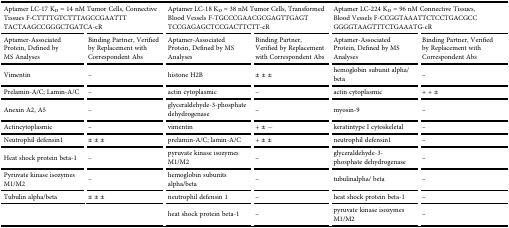
<table><thead><tr><td colspan="2"><b>Aptamer LC-17 K<sub>D</sub> = 14 nM Tumor Cells, Connective Tissues F-CTTTTGTCTTTAGCCGAATTT TACTAAGCCGGGCTGATCA-cR</b></td><td colspan="2"><b>Aptamer LC-18 K<sub>D</sub> = 38 nM Tumor Cells, Transformed Blood Vessels F-TGCCCGAACGCGAGTTGAGT TCCGAGAGCTCCGACTTCTT-cR</b></td><td colspan="2"><b>Aptamer LC-224 K<sub>D</sub> = 96 nM Connective Tissues, Blood Vessels F-CCGGTAAATTCTCCTGACGCC GGGGTAAGTTTCTGAAATG-cR</b></td></tr></thead><tbody><tr><td>Aptamer-Associated Protein, Defined by MS Analyses</td><td>Binding Partner, Verified by Replacement with Correspondent Abs</td><td>Aptamer-Associated Protein, Defined by MS Analyses</td><td>Binding Partner, Verified by Replacement with Correspondent Abs</td><td>Aptamer-Associated Protein, Defined by MS Analyses</td><td>Binding Partner, Verified by Replacement with Correspondent Abs</td></tr><tr><td>Vimentin</td><td>–</td><td>histone H2B</td><td>± ± ±</td><td>hemoglobin subunit alpha/beta</td><td>–</td></tr><tr><td>Prelamin-A/C; Lamin-A/C</td><td>–</td><td>actin cytoplasmic</td><td>–</td><td>actin cytoplasmic</td><td>+ + ±</td></tr><tr><td>Anexin A2, A5</td><td>–</td><td>glyceraldehyde-3-phosphate dehydrogenase</td><td>–</td><td>myosin-9</td><td>–</td></tr><tr><td>Actincytoplasmic</td><td>–</td><td>vimentin</td><td>+ ± −</td><td>keratintype I cytoskeletal</td><td>–</td></tr><tr><td>Neutrophil defensin1</td><td>± ± ±</td><td>prelamin-A/C; lamin-A/C</td><td>+ ± ±</td><td>neutrophil defensin1</td><td>–</td></tr><tr><td>Heat shock protein beta-1</td><td>–</td><td>pyruvate kinase isozymes M1/M2</td><td>–</td><td>glyceraldehyde-3-phosphate dehydrogenase</td><td>–</td></tr><tr><td>Pyruvate kinase isozymes M1/M2</td><td>–</td><td>hemoglobin subunits alpha/beta</td><td>–</td><td>tubulinalpha/ beta</td><td>–</td></tr><tr><td>Tubulin alpha/beta</td><td>± ± ±</td><td>neutrophil defensin 1</td><td>–</td><td>heat shock protein beta-1</td><td>–</td></tr><tr><td colspan="2"></td><td>heat shock protein beta-1</td><td>–</td><td>pyruvate kinase isozymes M1/M2</td><td>–</td></tr></tbody></table>